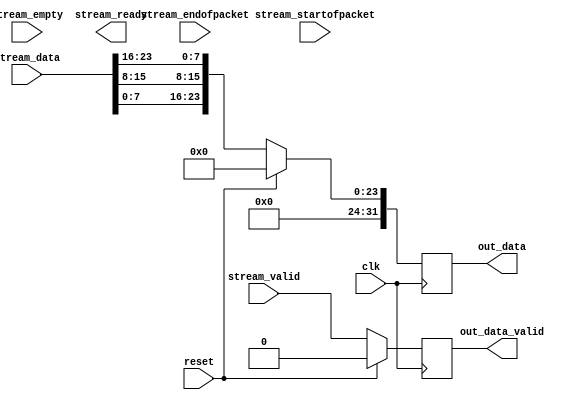
module feed_forward (
    // Inputs
    clk,
    reset,

    stream_data,
    stream_startofpacket,
    stream_endofpacket,
    stream_empty,
    stream_valid,

    // Outputs
    stream_ready,

    out_data,
    out_data_valid
);

parameter           IDW = 23;
parameter           ODW = 31;
parameter           EW = 1;

input               clk;
input               reset;

input [IDW:0]       stream_data;
input               stream_startofpacket;
input               stream_endofpacket;
input [EW:0]        stream_empty;
input               stream_valid;

output              stream_ready;
output reg [ODW:0]  out_data;
output reg          out_data_valid;

wire [7:0]          r;
wire [7:0]          g;
wire [7:0]          b;
wire [7:0]          a;

wire [ODW:0]        converted_data;

// Output Registers
always @(posedge clk)
begin
    if(reset)
    begin
        out_data <= 'b0;
        out_data_valid <= 1'b0;
    end
    else
    begin
        out_data <= converted_data;
        out_data_valid <= stream_valid;
    end
end

// Combination Logic
assign r = stream_data[23:16];
assign g = stream_data[15:8];
assign b = stream_data[7:0];
assign a = 8'b0;

assign converted_data = {a, b, g, r};

endmodule